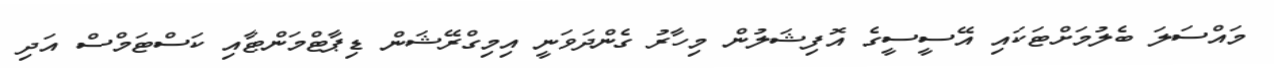
މައްސަލަ ބެލުމަށްޓަކައި އޭސީސީގެ އޮފިޝަލުން މިހާރު ގެންދަވަނީ އިމިގްރޭޝަން ޑިޕާޓްމަންޓާއި ކަސްޓަމްސް އަދި